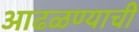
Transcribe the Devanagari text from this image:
आढळण्याची